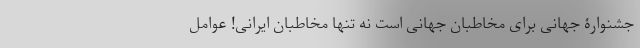
جشنوارۀ جهانی برای مخاطبان جهانی است نه تنها مخاطبان ایرانی! عوامل